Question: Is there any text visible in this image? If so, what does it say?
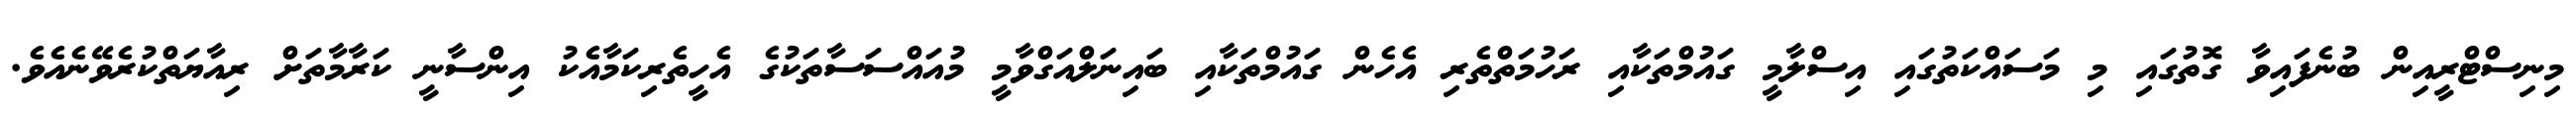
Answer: މިނިސްޓްރީއިން ބުނެފައިވާ ގޮތުގައި މި މަސައްކަތުގައި އިސްލާމީ ގައުމްތަކާއި ރަހުމަތްތެރި އެހެން ގައުމްތަކާއި ބައިނަލްއަގްވާމީ މުއައްސަސާތަކުގެ އެހީތެރިކަމާއެކު އިންސާނީ ކަރާމާތަށް ރިއާޔަތްކުރެވޭނެއެވެ.